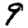
Digit: 9